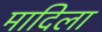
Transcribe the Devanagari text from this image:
मादिला